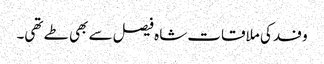
وفد کی ملاقات شاہ فیصل سے بھی طے تھی۔